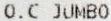
O.C JUMBO